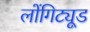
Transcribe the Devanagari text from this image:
लोंगिट्यूड